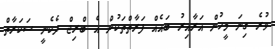
ވުރެ ގިނަ މީހުން އަރާއިރު ބައެއް ފަރާތްތަކުން އެ ބްރިޖް ދެކެނީ ސަކަރާތް